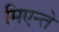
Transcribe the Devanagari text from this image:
मिएन्ते